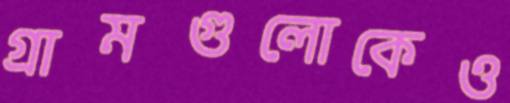
গ্রামগুলোকেও